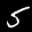
Label: 5